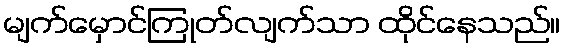
မျက်မှောင်ကြုတ်လျက်သာ ထိုင်နေသည်။